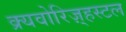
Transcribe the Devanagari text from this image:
क्र्यवोरिज़्हस्टल